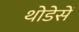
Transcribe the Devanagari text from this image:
थोडेसें